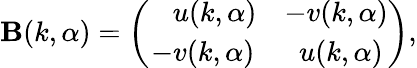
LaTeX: {\cal\mathbf{B}}(k,\alpha)=\left(\begin{array}{cc}{{\, \, \, \, \, u(k,\alpha)}}&{{-v(k,\alpha)}}\\ {{-v(k,\alpha)}}&{{\, \, u(k,\alpha)}}\end{array}\right),